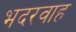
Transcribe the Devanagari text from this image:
भदरवाह